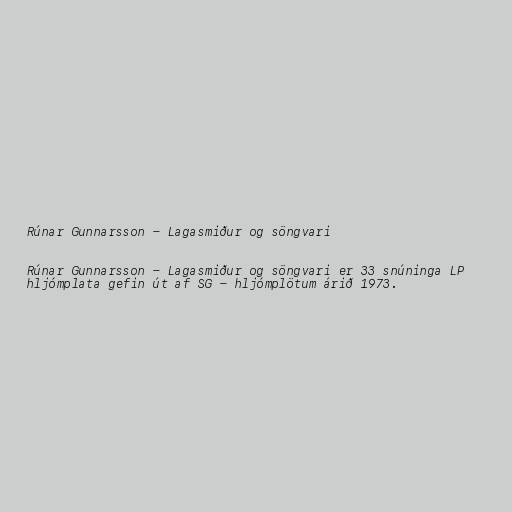
Rúnar Gunnarsson - Lagasmiður og söngvari

Rúnar Gunnarsson - Lagasmiður og söngvari er 33 snúninga LP
hljómplata gefin út af SG - hljómplötum árið 1973.